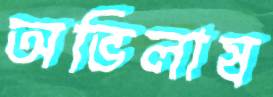
অভিলাষ